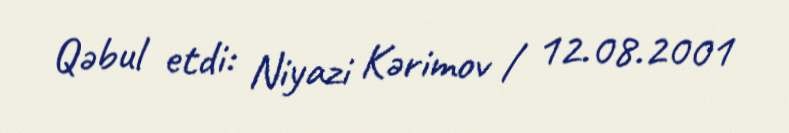
Qəbul etdi: Niyazi Kərimov / 12.08.2001